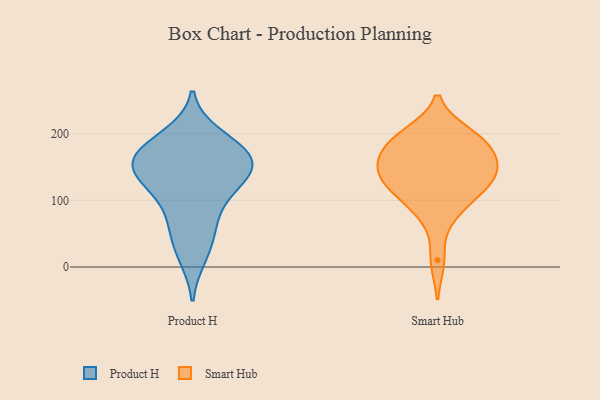
{"axis": {"x": "Page Views", "y": "Value"}, "legend": ["Product H", "Smart Hub"], "data": [{"x": "", "y": 171, "type": "Product H"}, {"x": "", "y": 162, "type": "Product H"}, {"x": "", "y": 47, "type": "Product H"}, {"x": "", "y": 158, "type": "Product H"}, {"x": "", "y": 129, "type": "Product H"}, {"x": "", "y": 197, "type": "Product H"}, {"x": "", "y": 154, "type": "Product H"}, {"x": "", "y": 125, "type": "Product H"}, {"x": "", "y": 70, "type": "Product H"}, {"x": "", "y": 183, "type": "Product H"}, {"x": "", "y": 145, "type": "Product H"}, {"x": "", "y": 102, "type": "Product H"}, {"x": "", "y": 16, "type": "Product H"}, {"x": "", "y": 118, "type": "Smart Hub"}, {"x": "", "y": 181, "type": "Smart Hub"}, {"x": "", "y": 190, "type": "Smart Hub"}, {"x": "", "y": 149, "type": "Smart Hub"}, {"x": "", "y": 131, "type": "Smart Hub"}, {"x": "", "y": 152, "type": "Smart Hub"}, {"x": "", "y": 144, "type": "Smart Hub"}, {"x": "", "y": 114, "type": "Smart Hub"}, {"x": "", "y": 169, "type": "Smart Hub"}, {"x": "", "y": 90, "type": "Smart Hub"}, {"x": "", "y": 199, "type": "Smart Hub"}, {"x": "", "y": 128, "type": "Smart Hub"}, {"x": "", "y": 10, "type": "Smart Hub"}, {"x": "", "y": 146, "type": "Smart Hub"}, {"x": "", "y": 80, "type": "Smart Hub"}, {"x": "", "y": 187, "type": "Smart Hub"}, {"x": "", "y": 197, "type": "Smart Hub"}]}